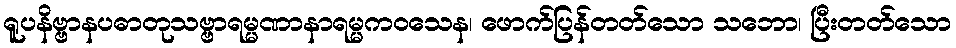
ရူပနိဗ္ဗာနပဓာတုသဗ္ဗာရမ္မဏာနာရမ္မကဝသေန၊ ဖောက်ပြန်တတ်သော သဘော၊ ပြီးတတ်သော